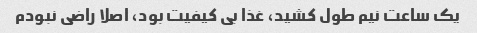
یک ساعت نیم طول کشید، غذا بی کیفیت بود، اصلا راضی نبودم